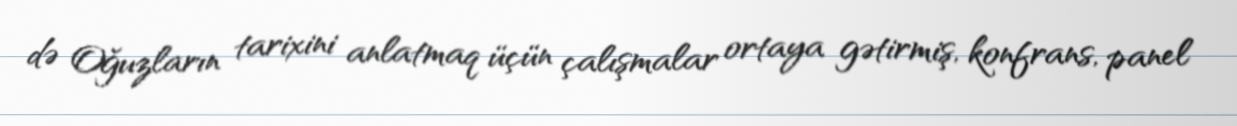
də Oğuzların tarixini anlatmaq üçün çalışmalar ortaya gətirmiş, konfrans, panel